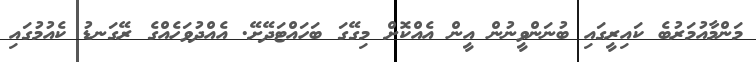
މަންމާއުމަރުބެ ކައިރީގައި ބުނަންވީނުން އީން އެއްކޮށް މިގޭގަ ބަހައްޓަދޭށޭ. އެއްދުވަހެއްގެ ރޭގަނޑު ކެއުމުގައި